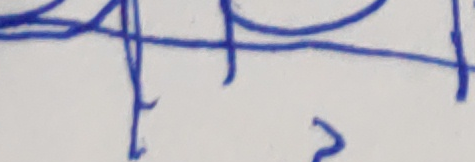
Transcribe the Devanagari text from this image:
२